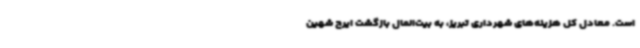
است. معادل کل هزینه‌های شهرداری تبریز، به بیت‌المال بازگشت ایرج شهین